Annual administration report of the Civil Veterinary Department, Sind - 1943-1944
Year: 1943
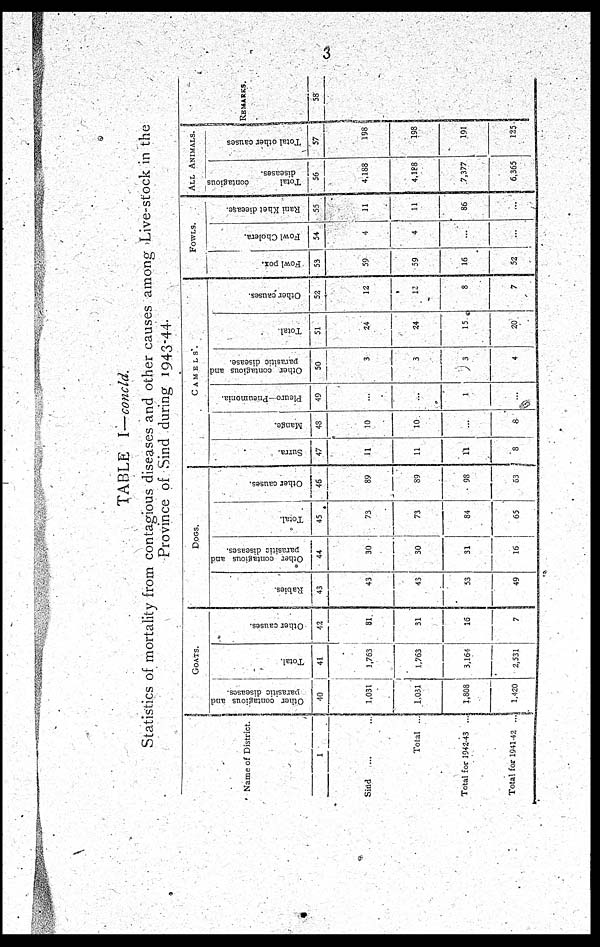
3
TABLE I—concld.
Statistics of mortality from contagious diseases and other causes among Live-stock in the
Province of Sind during 1943-44.
Name of District.
1
Sind
...
...
Total ...
Total for 1942-43 ...
Total for 194142 ...
GOATS.
Other contagious and
parasitic diseases.
40
1,031
1,031
1,803
1,420
Total.
41
1,763
1,763
3,164
2,531
Other causes.
42
81
31
16
7
DOGS.
Rabies.
43
43
43
53
49
Other contagious and
parasitic diseases.
44
30
30
31
16
Total.
45
73
73
84
65
Other causes.
46
89
89
98
53
CAMELS.
Surra.
47
11
11
11
8
Mange.
48
10
10
...
8
Pleuro-Pneumonia.
49
...
...
1
...
Other contagious and
parasitic disease.
50
3
3
3
4
Total.
51
24
24
15
20
Other causes.
52
12
12
8
7
FOWLS.
Fowl pox.
53
59
59
16
52
Fowl Cholera.
54
4
4
...
...
Rani Khet
dieease.
55
11
11
86
...
ALL ANIMALS.
Total
contagious diseases.
56
4,188
4,188
7,377
6,365
Total other causes
57
198
198
191
125
REMARKS.
58